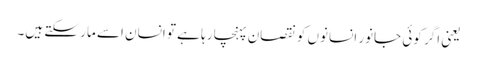
یعنی اگر کوئی جانور انسانوں کو نقصان پہنچا رہا ہے تو انسان اسے مار سکتے ہیں۔